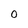
Character: 0